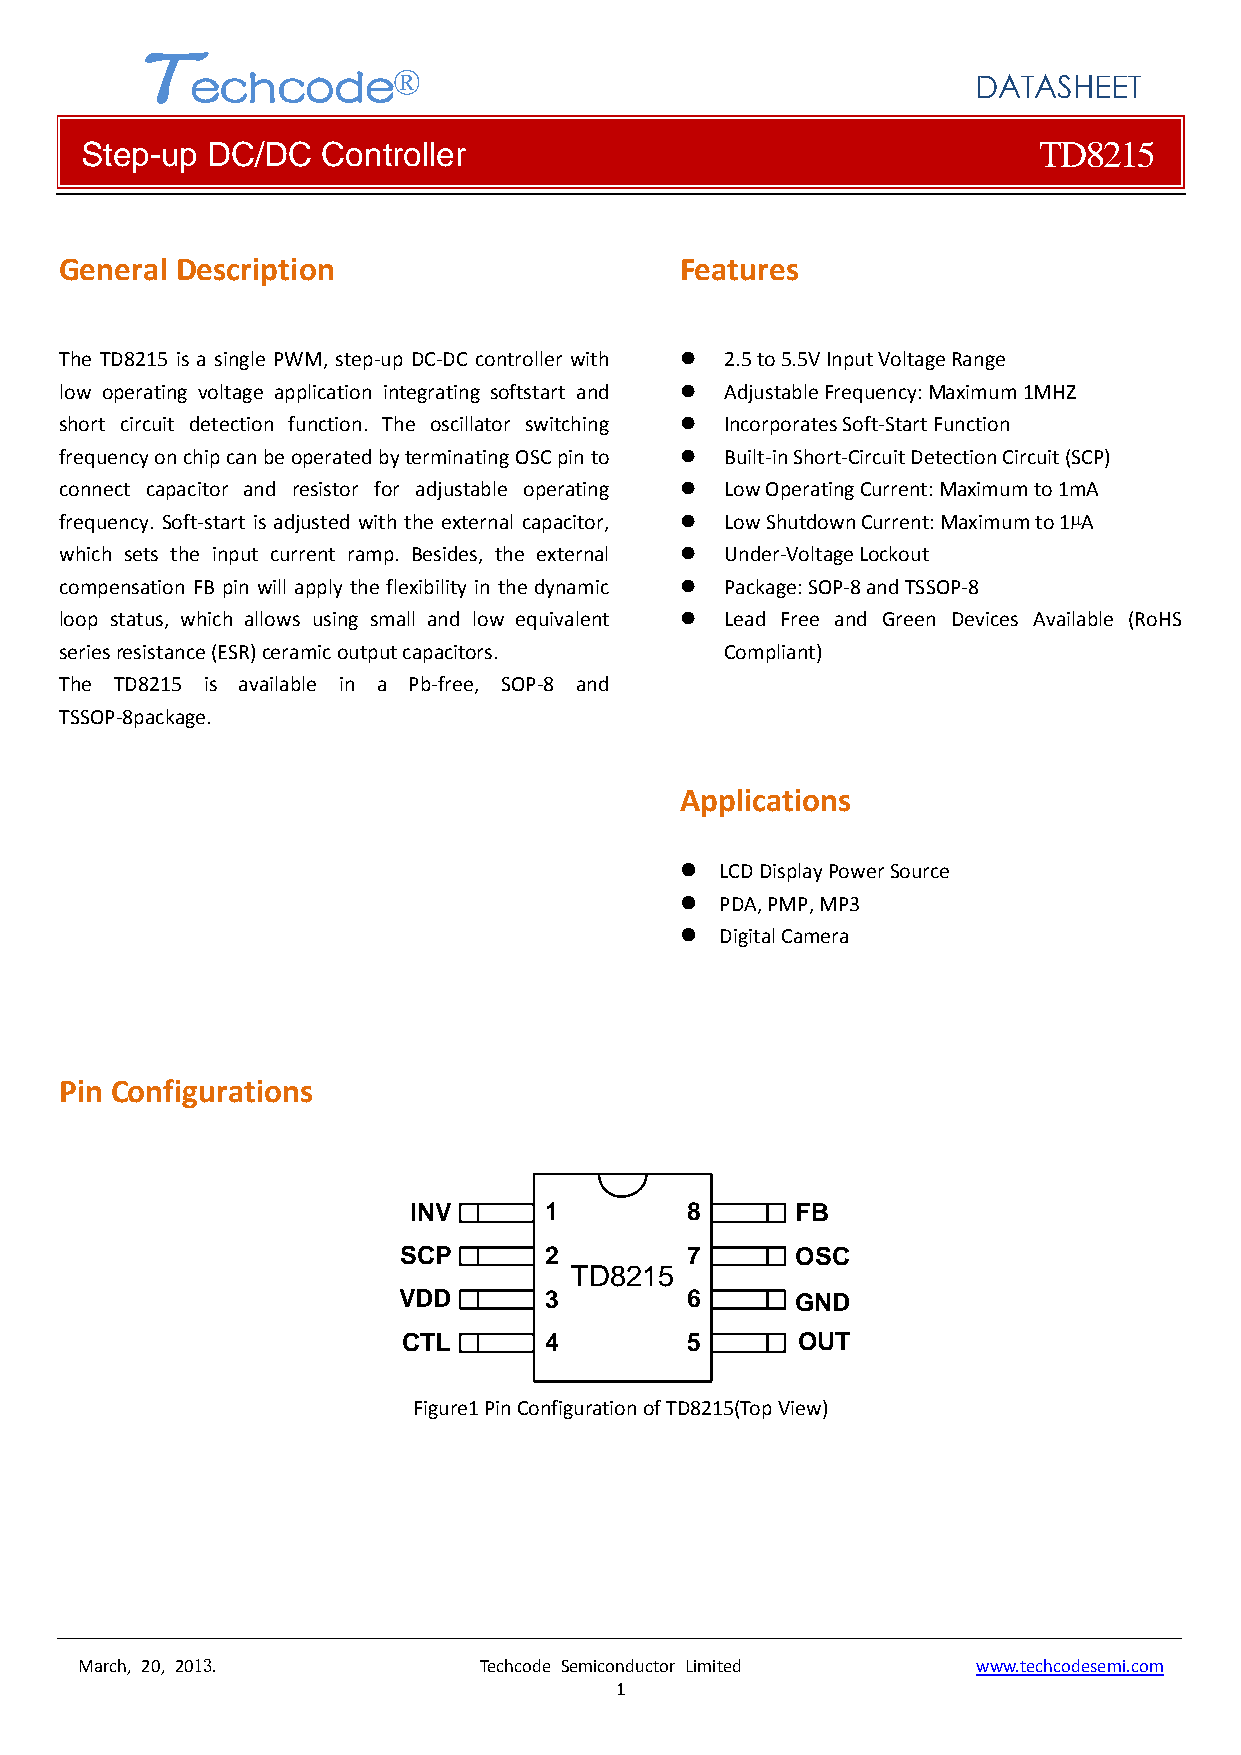
T
 echcode®
 DATASHEET
 Step-up  DC/DC  Controller                                      TD8215
 General Description                      Features
 The TD8215 is a single PWM, step‐up DC‐DC controller with  2.5 to 5.5V Input Voltage Range
 low operating voltage application integrating softstart and  Adjustable Frequency: Maximum 1MHZ
 short circuit detection function. The oscillator switching  Incorporates Soft‐Start Function
 frequency on chip can be operated by terminating OSC pin to  Built‐in Short‐Circuit Detection Circuit (SCP)
 connect capacitor and resistor for adjustable operating  Low Operating Current: Maximum to 1mA
 frequency. Soft‐start is adjusted with the external capacitor,  Low Shutdown Current: Maximum to 1µA
 which sets the input current ramp. Besides, the external  Under‐Voltage Lockout
 compensation FB pin will apply the flexibility in the dynamic  Package: SOP‐8 and TSSOP‐8
 loop status, which allows using small and low equivalent  Lead Free and Green Devices Available (RoHS
 series resistance (ESR) ceramic output capacitors. Compliant)
 The TD8215 is available in a Pb‐free, SOP‐8 and
 TSSOP‐8package.
 Applications
   LCD Display Power Source
   PDA, PMP, MP3
   Digital Camera
 Pin Configurations
 INV      1        8       FB
 SCP       2        7       OSC
 TD8215
 VDD       3        6       GND
 CTL      4        5       OUT
 Figure1 Pin Configuration of TD8215(Top View)
 March, 20, 2013.           Techcode Semiconductor Limited   www.techcodesemi.com
 1